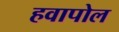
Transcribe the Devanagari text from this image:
हवापोल